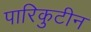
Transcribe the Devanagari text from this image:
पारिकुटीन